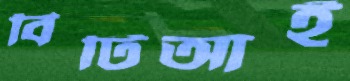
বিটিআই